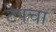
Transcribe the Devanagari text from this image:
टेपचा